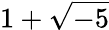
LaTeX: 1+{\sqrt{-5}}